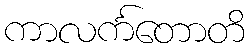
ကာလင်္ကတောတိ